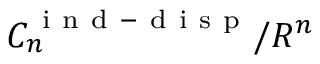
C _ { n } ^ { \mathrm { ~ i ~ n ~ d ~ - ~ d ~ i ~ s ~ p ~ } } / R ^ { n }